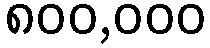
၈၀၀,၀၀၀